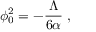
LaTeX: \phi _ { 0 } ^ { 2 } = - \frac { \Lambda } { 6 \alpha } \; ,